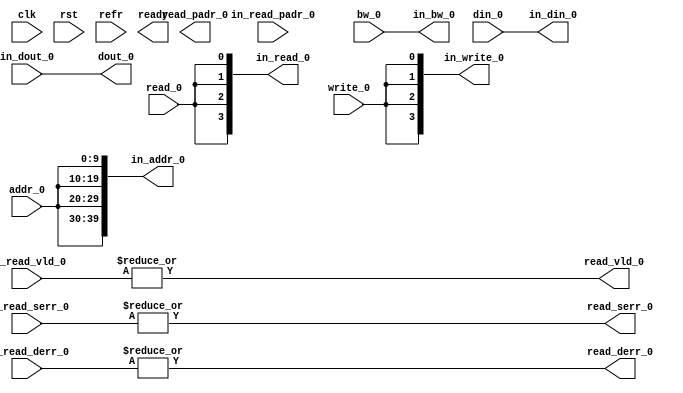
module infra_bsp_1rw
#(
parameter AW = 10, 
parameter DW = 32,
parameter BSPF = 4,
parameter BNKDW = 8,
parameter PADW = 0
)
(
input clk, 
input rst, 
input refr,
output ready,
 
input 				read_0, 
input 				write_0, 
input  [AW - 1:0] 	addr_0, 
input  [DW-1:0] 	bw_0,
input  [DW - 1:0] 	din_0, 
output [DW - 1:0] 	dout_0,
output 				read_vld_0, 
output 				read_serr_0,
output 				read_derr_0, 
output [PADW - 1:0] read_padr_0,

output [BSPF - 1:0]			in_read_0, 
output [BSPF - 1:0]			in_write_0, 
output [AW*BSPF - 1:0] 		in_addr_0, 
output [BNKDW*BSPF - 1:0] 	in_bw_0,
output [BNKDW*BSPF - 1:0] 	in_din_0, 
input  [BNKDW*BSPF - 1:0] 	in_dout_0,
input  [BSPF - 1:0]			in_read_vld_0, 
input  [BSPF - 1:0]			in_read_serr_0,
input  [BSPF - 1:0]			in_read_derr_0, 
input  [PADW*BSPF - 1:0] 	in_read_padr_0
);
	assign in_read_0 = {BSPF{read_0}};
	assign in_write_0 = {BSPF{write_0}};
	assign in_addr_0 = {BSPF{addr_0}};
	assign in_bw_0 = bw_0;
	assign in_din_0 = din_0;
	assign dout_0 = in_dout_0;
	assign read_vld_0 = |in_read_vld_0;
	assign read_serr_0 = |in_read_serr_0;
	assign read_derr_0 = |in_read_derr_0;

endmodule